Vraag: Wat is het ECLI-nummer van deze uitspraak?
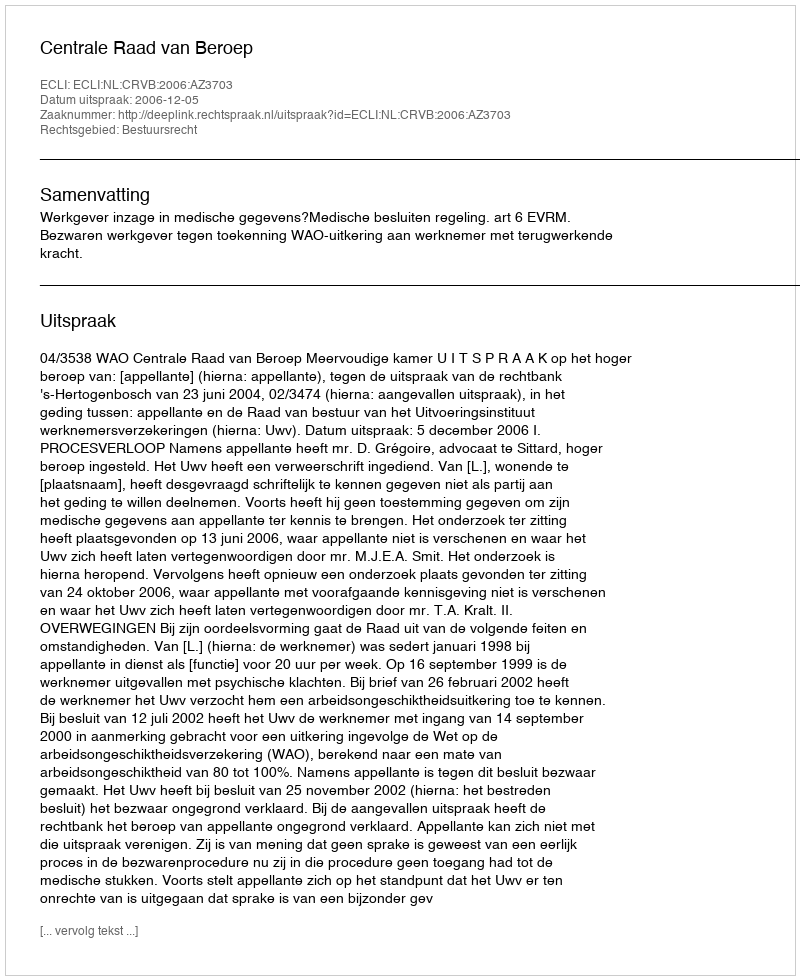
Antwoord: ECLI:NL:CRVB:2006:AZ3703